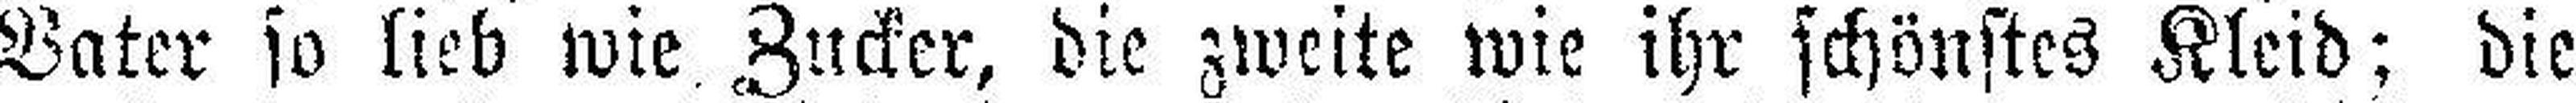
Vater so lieb wie Zucker, die zweite wie ihr schönstes Kleid; die